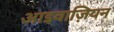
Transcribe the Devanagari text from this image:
आइवाज़ियन